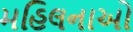
મહિલનાઓ